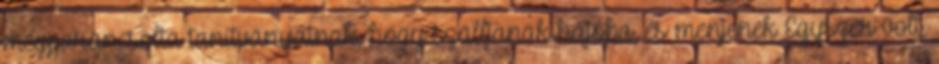
megparancsolta tanítványainak, hogy szálljanak hajóba, és menjenek Egyszer volt,